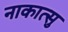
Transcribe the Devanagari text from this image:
नाकात्सु